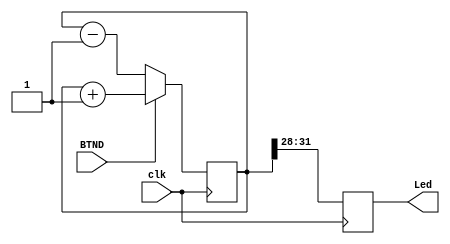
module counter(
    input clk,
    input BTND,
    output [3:0]Led
);
	reg [3:0]Led;
   reg  [31:0]count_int;
   always @(posedge clk)begin
      if (BTND)begin
         count_int <= count_int + 1'd1;
      end else begin
			count_int <= count_int - 1'd1;
		end
	end
	always @ (posedge clk)begin
		Led[3:0] <= count_int[31:28];
	end
	
endmodule